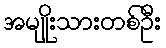
အမျိုးသားတစ်ဦး